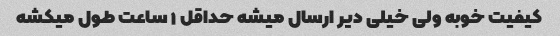
کیفیت خوبه ولی خیلی دیر ارسال میشه حداقل ۱ ساعت طول میکشه